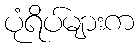
ပုံရိပ်များက